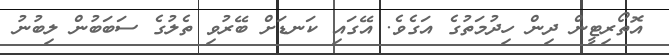
އޮތޯރިޓީން ދިން ހިދުމަތުގެ އަގެވެ. އޭގައި ކަނޑަށް ބޭރުވި ތެލުގެ ސަބަބުން ލިބުނު